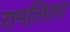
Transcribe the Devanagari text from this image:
रामलिला